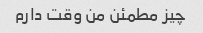
چیز مطمئن من وقت دارم